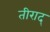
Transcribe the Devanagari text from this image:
तीराद्